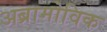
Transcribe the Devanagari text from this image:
अब्रामोविक